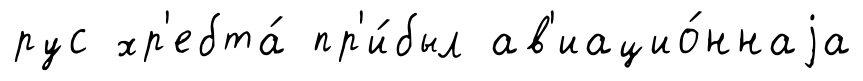
рус хр'ебта́ пр'и́был ав'иацио́ннаjа